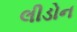
લીડોન